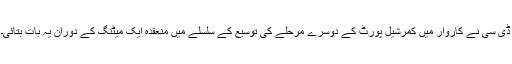
ڈی سی نے کاروار میں کمرشیل پورٹ کے دوسرے مرحلے کی توسیع کے سلسلے میں منعقدہ ایک میٹنگ کے دوران یہ بات بتائی۔